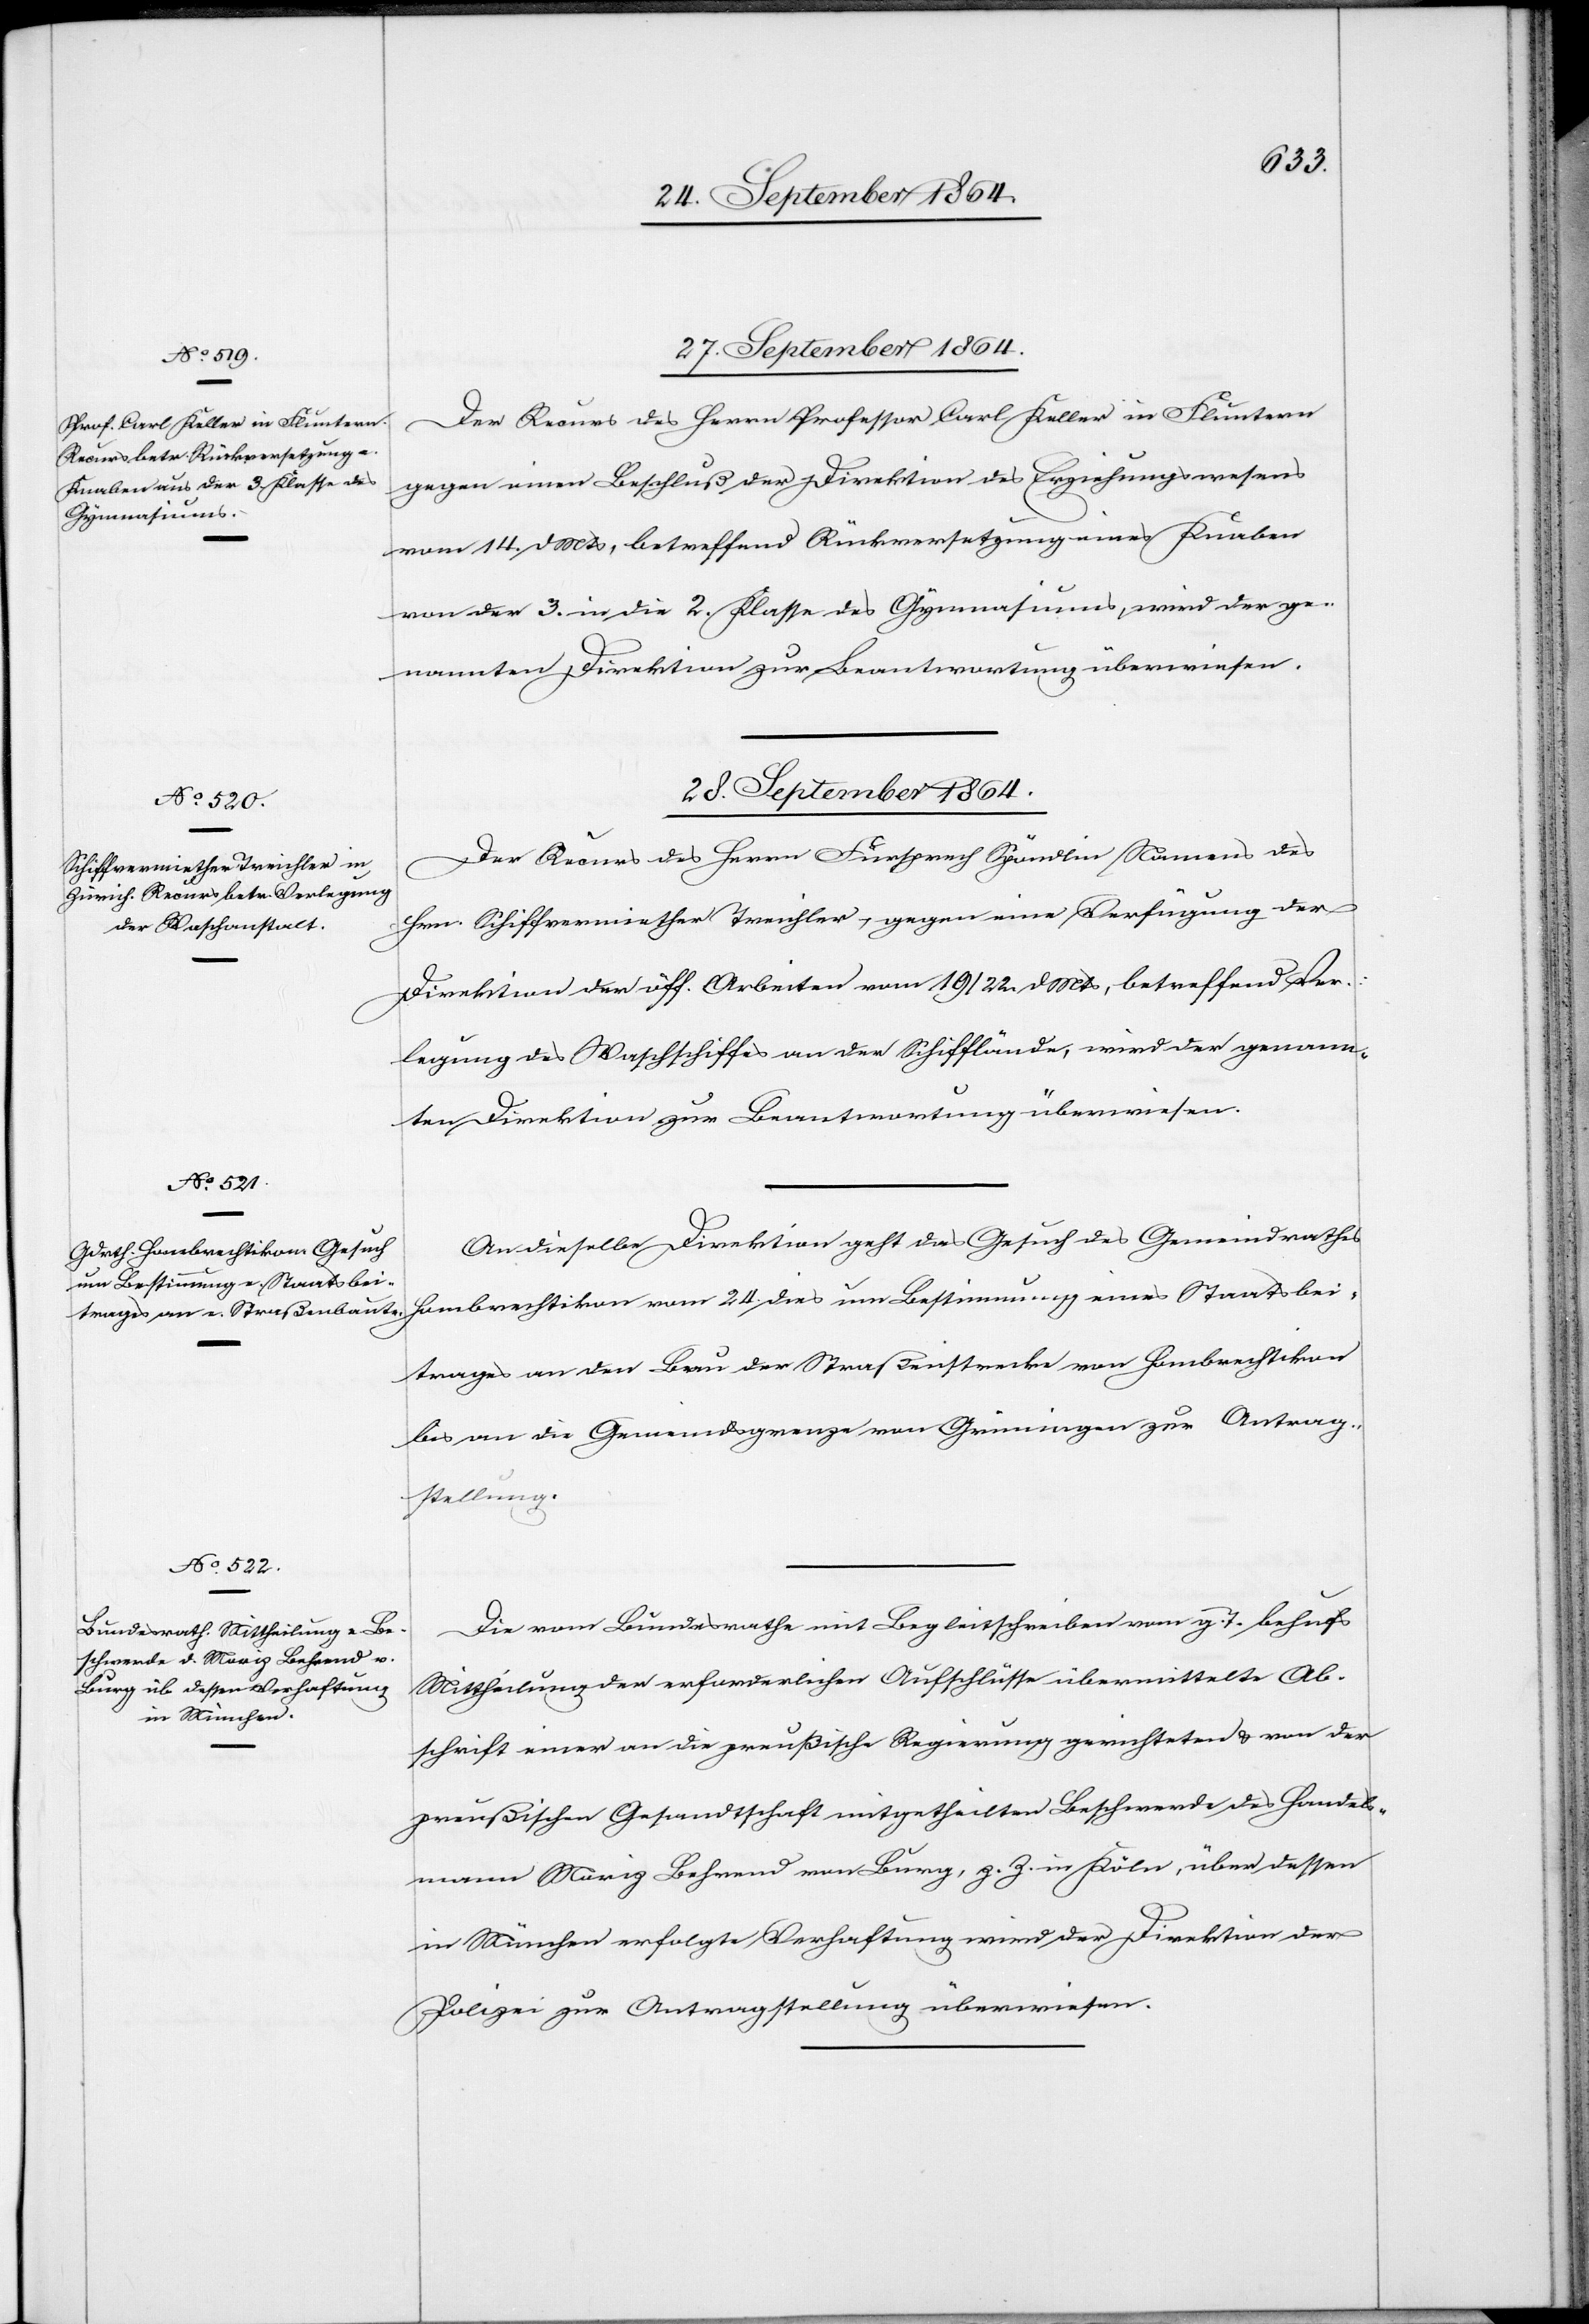
27. September 1864.
Der Recurs des Herrn Professor Carl Keller in Fluntern
gegen einen Beschluß der Direktion des Erziehungswesens
vom 14. d. Mts, betreffend Rückversetzung eines Knaben
von der 3. in die 2. Klasse des Gymnasiums, wird der ge¬
nannten Direktion zur Beantwortung überwiesen.
28. September 1864.]
Der Recurs des Herrn Fürsprech Spöndlin Namens des
Hrn. Schiffvermiether Treichler gegen eine Verfügung der
Direktion der öff. Arbeiten vom 19./22. d. Mts, betreffend Ver¬
legung des Waschschiffes an der Schifflände, wird der genann¬
ten Direktion zur Beantwortung überwiesen.
An dieselbe Direktion geht das Gesuch des Gemeindrathes
Hombrechtikon vom 24. dies um Bestimmung eines Staatsbei¬
trages an den Bau der Straßenstrecke von Hombrechtikon
bis an die Gemeindsgrenze von Grüningen zur Antrag¬
stellung.
Die vom Bundesrathe mit Begleitschreiben vom g. T. behufs
Mittheilung der erforderlichen Aufschlüsse übermittelte Ab¬
schrift einer an die preußische Regierung gerichteten & von der
preußischen Gesandtschaft mitgetheilten Beschwerde des Handels¬
mann Moriz Behrend von Burg, z. Z. in Köln, über dessen
in München erfolgte Verhaftung wird der Direktion der
Finanzen zur Antragstellung überwiesen.